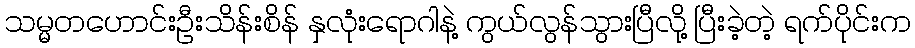
သမ္မတဟောင်းဦးသိန်းစိန် နှလုံးရောဂါနဲ့ ကွယ်လွန်သွားပြီလို့ ပြီးခဲ့တဲ့ ရက်ပိုင်းက